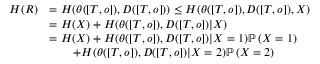
\begin{array} { r l } { H ( R ) } & { = H ( \theta ( [ T , o ] ) , D ( [ T , o ] ) ) \leq H ( \theta ( [ T , o ] ) , D ( [ T , o ] ) , X ) } \\ & { = H ( X ) + H ( \theta ( [ T , o ] ) , D ( [ T , o ] ) | X ) } \\ & { = H ( X ) + H ( \theta ( [ T , o ] ) , D ( [ T , o ] ) | X = 1 ) \mathbb { P } \left( X = 1 \right) } \\ & { \qquad + H ( \theta ( [ T , o ] ) , D ( [ T , o ] ) | X = 2 ) \mathbb { P } \left( X = 2 \right) } \end{array}